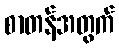
စာတန်အတွက်